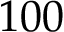
1 0 0